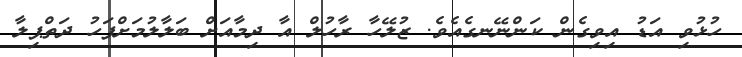
ހުޅުވި އަޑު އިވިގެން ކަންނޭނގެއެވެ. ޒުލޭހާ ރާހުލް އާ ދިމާއަށް ބަލާލުމަށްފަހު ދަތްޕިލާ